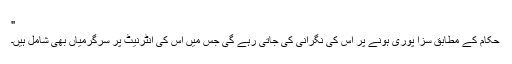
"
حکام کے مطابق سزا پوری ہونے پر اس کی نگرانی کی جاتی رہے گی جس میں اس کی انٹرنیٹ پر سرگرمیاں بھی شامل ہیں۔